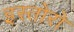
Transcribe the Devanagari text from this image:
इस्तोरो